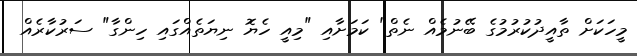
މީހަކަށް ތާއީދުކުރުމުގެ ބޭނުމެއް ނެތް" ކަމަށާއި "މިއީ ހެޔޮ ނިޔަތެއްގައި ހިންގާ" ސަރުކާރެއް